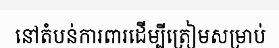
នៅតំបន់ការពារដើម្បីត្រៀមសម្រាប់